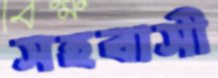
সহবাসী